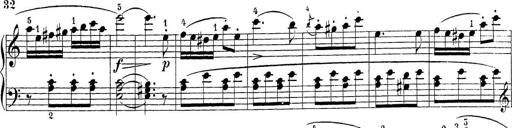
Title: Sonatina Album
Composer: Louis KÃ¶hler